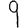
Digit: 9